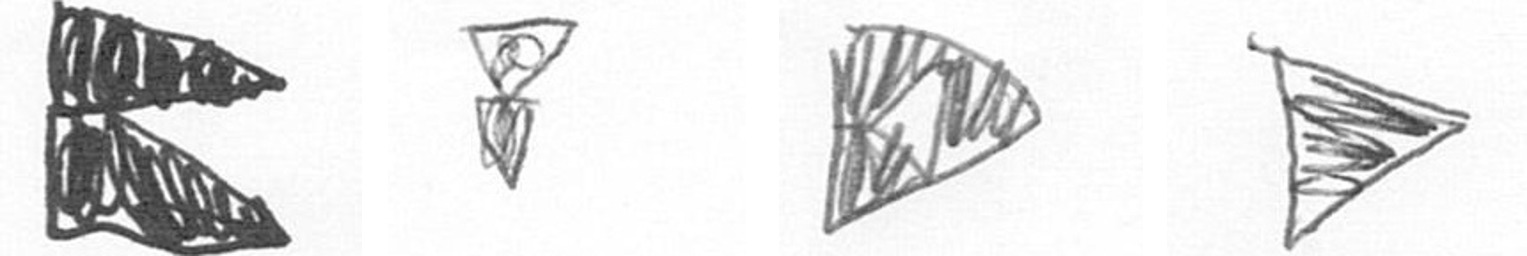
P Z K T